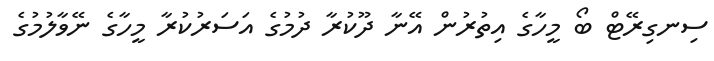
ސިނގިރޭޓް ބޯ މީހާގެ އިތުރުން އޭނާ ދޫކުރާ ދުމުގެ އަސަރުކުރާ މީހާގެ ނޭވާލުމުގެ